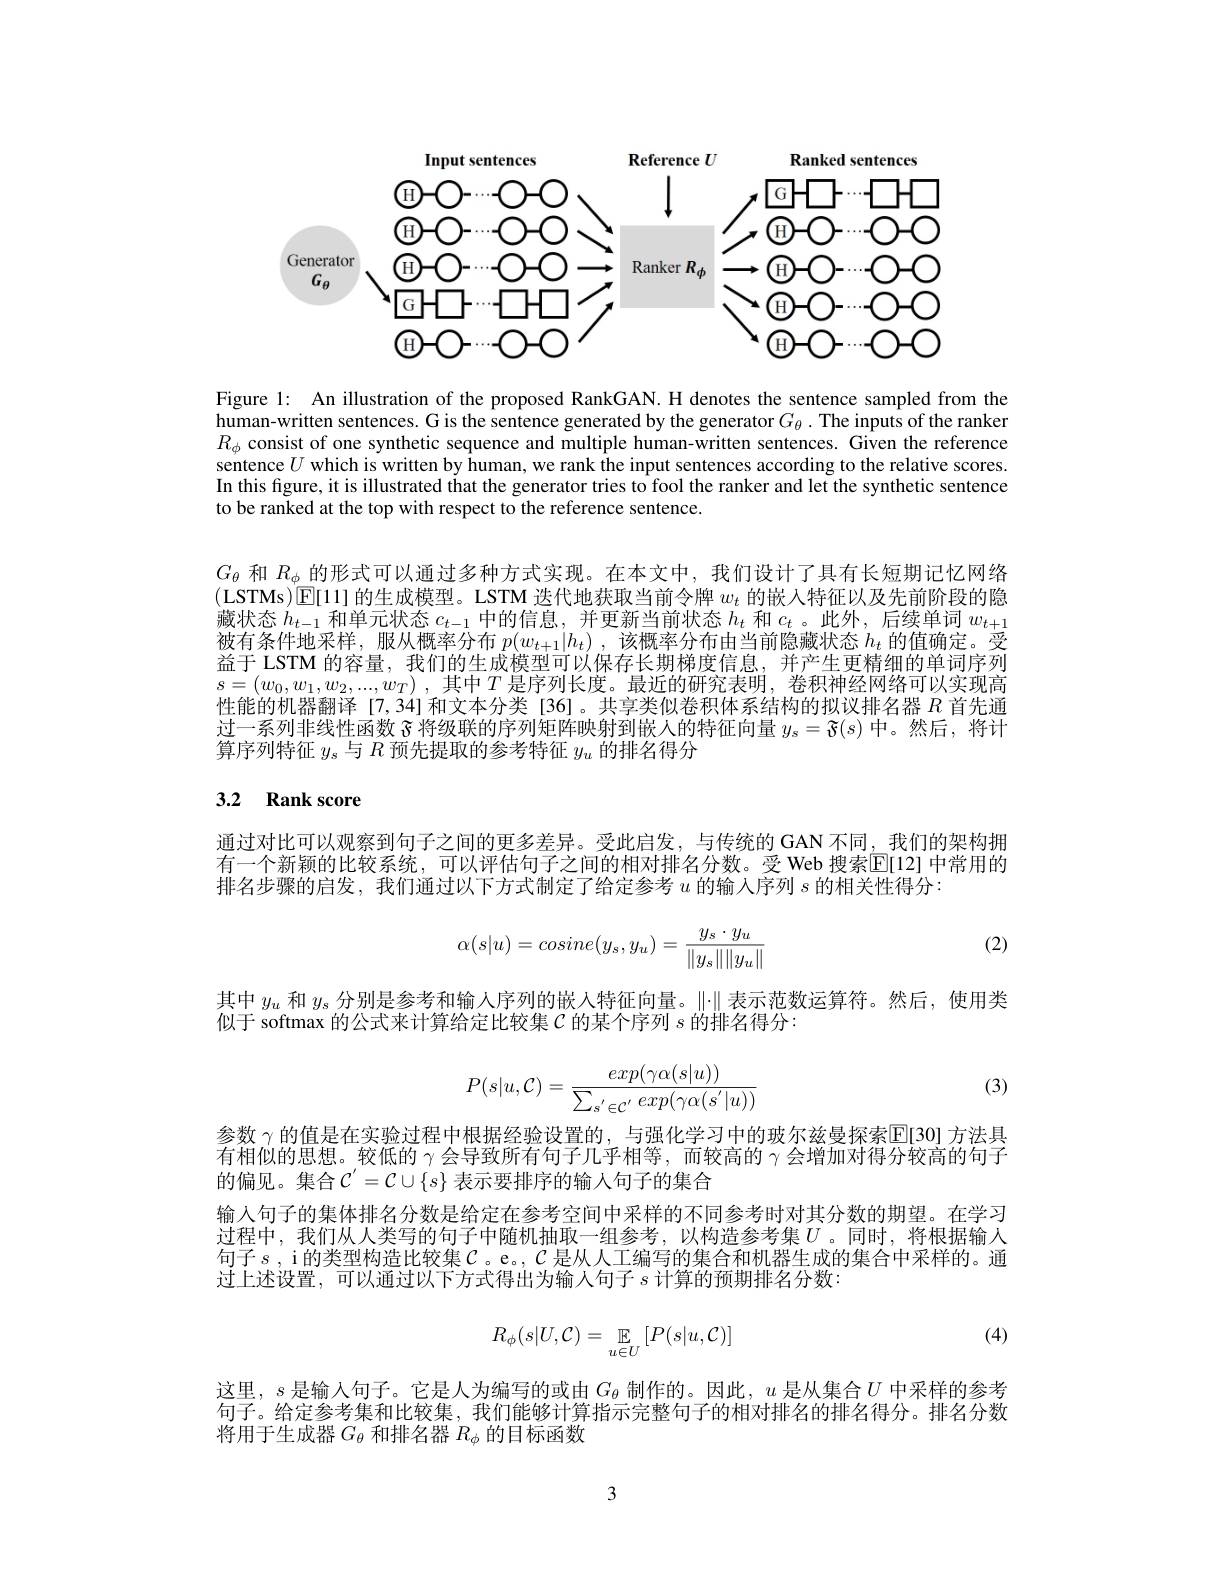
<FigureHere>

Figure 1: An illustration of the proposed RankGAN. H denotes the sentence sampled from the human-written sentences. G is the sentence generated by the generator $G_\theta.$ The inputs of the ranker $R_\phi$ consist of one synthetic sequence and multiple human-written sentences. Given the reference sentence $U$ which is written by human, we rank the input sentences according to the relative scores. In this figure, it is illustrated that the generator tries to fool the ranker and let the synthetic sentence to be ranked at the top with respect to the reference sentence.

$G_{\theta}$和$R_\mathrm{\phi}$的形式可以通过多种方式实现。在本文中，我们设计了具有长短期记忆网络(LSTMs)[E[11]的生成模型。LSTM 迭代地获取当前令牌$w_t$的嵌入特征以及先前阶段的隐藏状态$h_t-1$和单元状态$c_t-1$中的信息，并更新当前状态$h_t$和$c_t$。此外，后续单词$w_t+1$ 被有条件地采样，服从概率分布$p( w_{t+ 1}| h_t)$ , 该概率分布由当前隐藏状态$h_t$的值确定。受益于 LSTM 的容量，我们的生成模型可以保存长期梯度信息，并产生更精细的单词序列$s= ( w_0, w_1, w_2, . . . , w_T)$ ,其中$T$是序列长度。最近的研究表明，卷积神经网络可以实现高性能的机器翻译[7,34]和文本分类[36]。共享类似卷积体系结构的拟议排名器$R$首先通过一系列非线性函数$\tilde{\text{ 将级联的序列矩阵映射到嵌入的特征向量 }y}_s=\tilde{\Im}(s)$中。然后，将计算序列特征$y_s$与$R$预先提取的参考特征$y_u$的排名得分

## 3.2 Rank score

通过对比可以观察到句子之间的更多差异。受此启发，与传统的 GAN 不同，我们的架构拥有一个新颖的比较系统，可以评估句子之间的相对排名分数。受 Web 搜索$\overline{\mathbb{E}}[12]$ 中常用的排名步骤的启发，我们通过以下方式制定了给定参考$u$的输入序列$s$的相关性得分

(2)
$$\alpha(s|u)=cosine(y_s,y_u)=\frac{y_s\cdot y_u}{\|y_s\|\|y_u\|}$$
其中$y_u$和$y_s$分别是参考和输入序列的嵌人特征向量。$\|\cdot\|$表示范数运算符。然后，使用类
似于 softmax 的公式来计算给定比较集$\mathcal{C}$的某个序列$s$的排名得分：

(3)
$$P(s|u,\mathcal C)=\frac{exp(\gamma\alpha(s|u))}{\sum_{s'\in\mathcal C'}exp(\gamma\alpha(s'|u))}$$
参数$\gamma$的值是在实验过程中根据经验设置的，与强化学习中的玻尔兹曼探索E[30] 方法具有相似的思想。较低的$\gamma$会导致所有句子几乎相等，而较高的$\gamma$会增加对得分较高的句子的偏见。集合$\mathcal{C}^{\prime}=\mathcal{C}\cup\{s\}$ 表示要排序的输入句子的集合
输入句子的集体排名分数是给定在参考空间中采样的不同参考时对其分数的期望。在学习过程中，我们从人类写的句子中随机抽取一组参考，以构造参考集$U$。同时，将根据输入句子$s$,i的类型构造比较集$\mathcal{C}$。e。, $\mathcal{C}$ 是从人工编写的集合和机器生成的集合中采样的。通过上述设置，可以通过以下方式得出为输人句子$s$计算的预期排名分数：
$$R_{\phi}(s|U,\mathcal{C})=\mathbb{E}_{u\in U}\left[P(s|u,\mathcal{C})\right]$$
(4)

这里，$s$是输入句子。它是人为编写的或由$G_\theta$制作的。因此，$u$是从集合$U$中采样的参考句子。给定参考集和比较集，我们能够计算指示完整句子的相对排名的排名得分。排名分数将用于生成器$G_\theta$和排名器$R_\phi$的目标函数

3